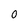
Character: 0